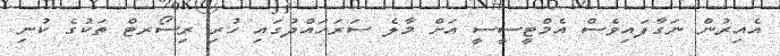
އެއިރުން ނަގާފައިވެސް އެމްޓީސީސީ އަށް މާލެ ސަރަހައްދުގައި ހުރި ރިސޯރޓް ތަކުގެ ކުނި